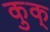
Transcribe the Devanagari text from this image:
कुक्